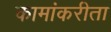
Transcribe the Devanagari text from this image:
कामांकरीता